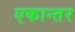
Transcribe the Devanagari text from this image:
एकान्‍तर